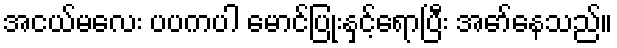
အငယ်မလေး ပပကပါ မောင်ပြုံးနှင့်ရောပြီး အော်နေသည်။